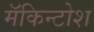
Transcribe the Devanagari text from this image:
मॅकिन्टोश